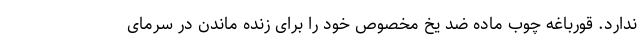
ندارد. قورباغه چوب ماده ضد یخ مخصوص خود را برای زنده ماندن در سرمای